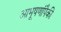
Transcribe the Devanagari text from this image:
आभूषणांपैकी